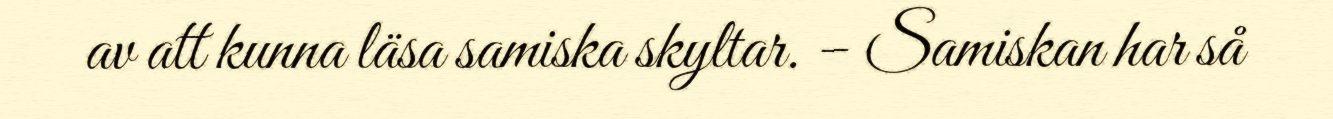
av att kunna läsa samiska skyltar. – Samiskan har så